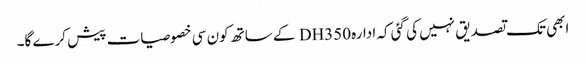
ابھی تک تصدیق نہیں کی گئی کہ ادارہ DH350 کے ساتھ کون سی خصوصیات پیش کرے گا۔